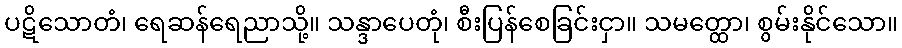
ပဋိသောတံ၊ ရေဆန်ရေညာသို့။ သန္ဒာပေတုံ၊ စီးပြန်စေခြင်းငှာ။ သမတ္ထော၊ စွမ်းနိုင်သော။